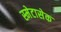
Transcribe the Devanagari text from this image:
स्मेटासेक